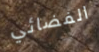
الفضائي